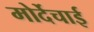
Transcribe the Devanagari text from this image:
मोर्देचाई